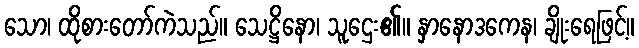
သော၊ ထိုစားတော်ကဲသည်။ သေဋ္ဌိနော၊ သူဌေး၏။ နှာနောဒကေန၊ ချိုးရေဖြင့်။